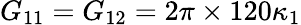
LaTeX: G_{11}=G_{12}=2\pi\times 120\kappa_{1}